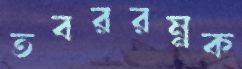
তবররম্নক